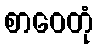
စာဝေတုံ